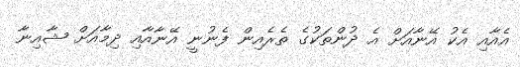
އެއާއި އެކު އޭނާއަށް އެ ދުންތަކުގެ ތެރެއިން ފެނުނީ އޭނާއާއި ދިމާއަށް ޝާއިނާ